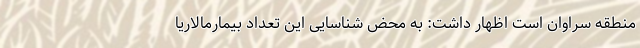
منطقه سراوان است اظهار داشت: به محض شناسایی این تعداد بیمارمالاریا